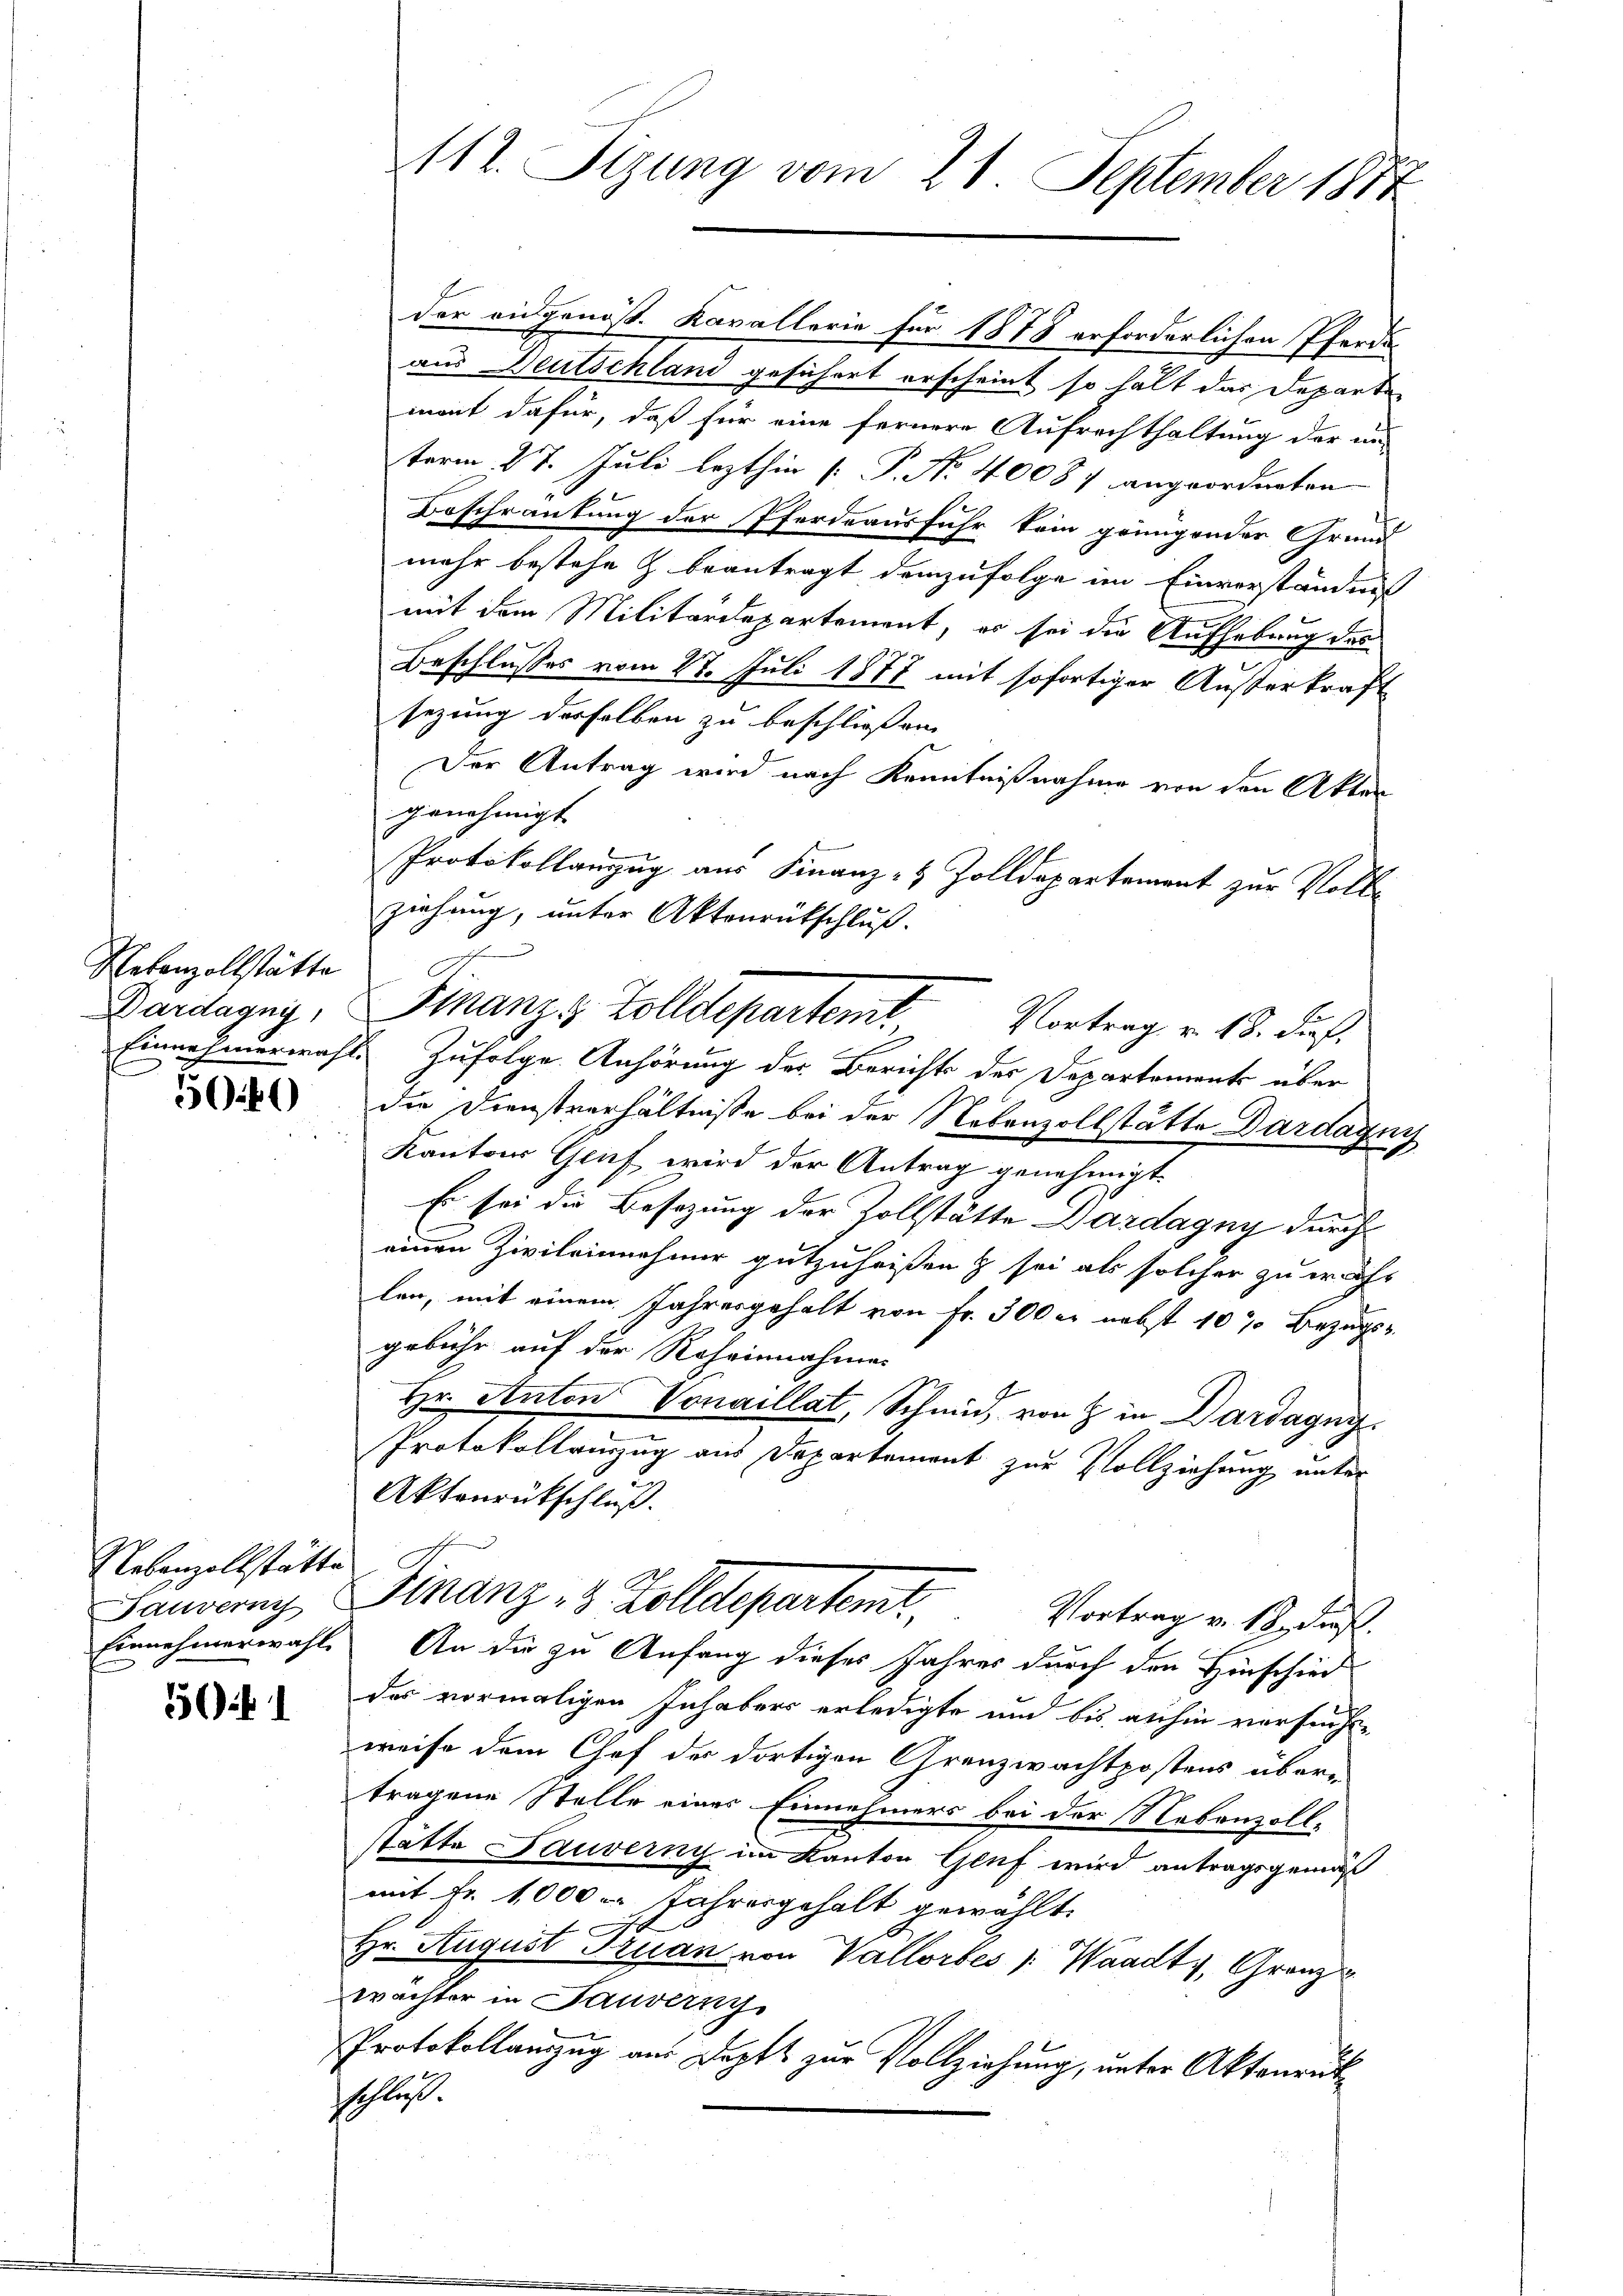
Rekanzollstätte

5041)

Nebenzollstätte

51

der eidgenös. Kavallerie für 1878 erforderlichen Pferde
aus Deutschland gesichert erscheint so hält das Departen
mont dafür, daß für eine fernere Aufrechthaltung der un-
term 27. Juli lezthin [P. No. 40087 angeordneten
Beschränkung der Pferdeausfuhr kein grungender Grund
mehr bestehe & beantragt demzufolge im Einverständniß
mit dem Militärdepartement, es sei die Aufhebung des
Beschlusses vom 27. Juli 1877 mit sofortiger Außerkraft
sezung derselben zu beschließen.
Der Antrag wird nach Kenntnißnahme von den Akten
genehmigt
Protokollanzug aus Finanz- & Zolldepartement zur Volle
ziehung, unter Aktenrückschluß.
Einerheerwahl. Zufolge Anhörung der Berichts des Departements über
die Dienstverhältnisse bei der Nebenzollstätte Dardagny
Kantons Genf wird der Antrag genehmigt.
Es sei die Besetzung der Zollstätte Dardagny durch
einen Zivileinnehmer gutzuheißen & sei als solcher zu währ
len, mit einem Jahresgehalt von Fr. 300 er nebst 10% Bezugs-
gebühr auf der Roheinnahme
Hr. Anton Vonaillat, Schmid, von & in Dardagny
Protokollinzug aus Departement zur Vollziehung unter
Aktenrütschluß.
Gauverny, Finanz - 3 Zolldepartent
Vortrag v. 18. dieß
Einnehmerwahl. An die zu Anfang dieses Jahres durch den Hinschied
des vormaligen Inhabers erledigte und bis anhin versucht-
weise dem Chef der dortigen Grenzwachtpostens übertragene Stelle eines Einnehmers bei der Nebenzoll-
stätte Bauverny im Kanton Gluf wird antragsgemäß
mit Fr. 1000 Jahresgehalt gewählt.
Hr. August Truan von Vallorbes /: Waadt, Granz
wachter in Sauverny
Protokollanzug aus Deptt zur Vollziehung, unter Aktonrukschluß.

112. Sizung vom 21. September 1877

Dardagny, Finanze Zolldepartem Vortrag v. 18. Fuß.